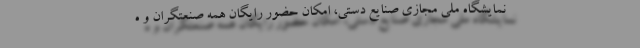
نمایشگاه ملی مجازی صنایع دستی، امکان حضور رایگان همه صنعتگران و ه